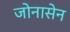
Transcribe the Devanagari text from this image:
जोनासेन